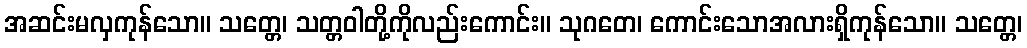
အဆင်းမလှကုန်သော။ သတ္တေ၊ သတ္တဝါတို့ကိုလည်းကောင်း။ သုဂတေ၊ ကောင်းသောအလားရှိကုန်သော။ သတ္တေ၊